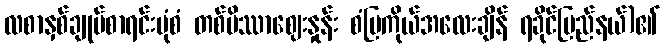
လစာနှစ်ချုပ်စာရင်းပုံစံ တစ်ပိဿာဈေးနှုန်း စံပြကိုယ်အလေးချိန် ရခိုင်ပြည်နယ်)၏